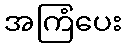
အကြံပေး